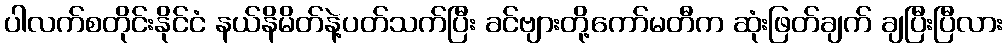
ပါလက်စတိုင်းနိုင်ငံ နယ်နိမိတ်နဲ့ပတ်သက်ပြီး ခင်ဗျားတို့ကော်မတီက ဆုံးဖြတ်ချက် ချပြီးပြီလား